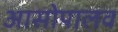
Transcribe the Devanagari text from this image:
आसोपालव